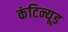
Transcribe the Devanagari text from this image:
कंटिन्यूड